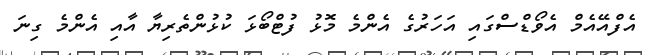
އެފްއޭއެމް އެވޯޑްސްގައި އަހަރުގެ އެންމެ މޮޅު ފުޓްބޯޅަ ކުޅުންތެރިޔާ އާއި އެންމެ ގިނަ